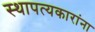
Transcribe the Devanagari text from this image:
स्थापत्यकारांना